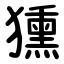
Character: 獯